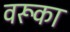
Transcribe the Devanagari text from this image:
वरूका